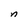
Character: n